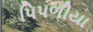
પિપળીયા